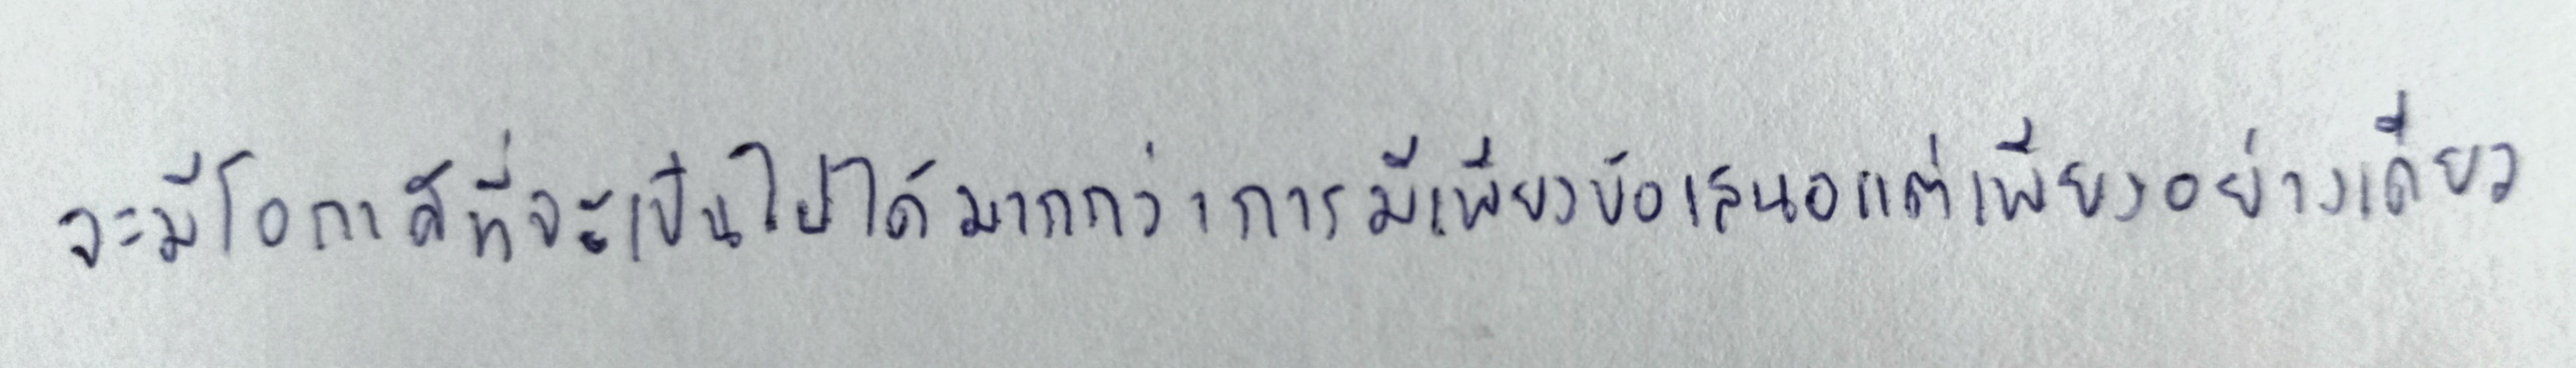
จะมีโอกาสที่จะเป็นไปได้มากกว่าการมีเพียงข้อเสนอแต่เพียงอย่างเดียว